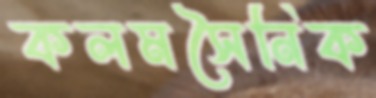
কলমসৈনিক